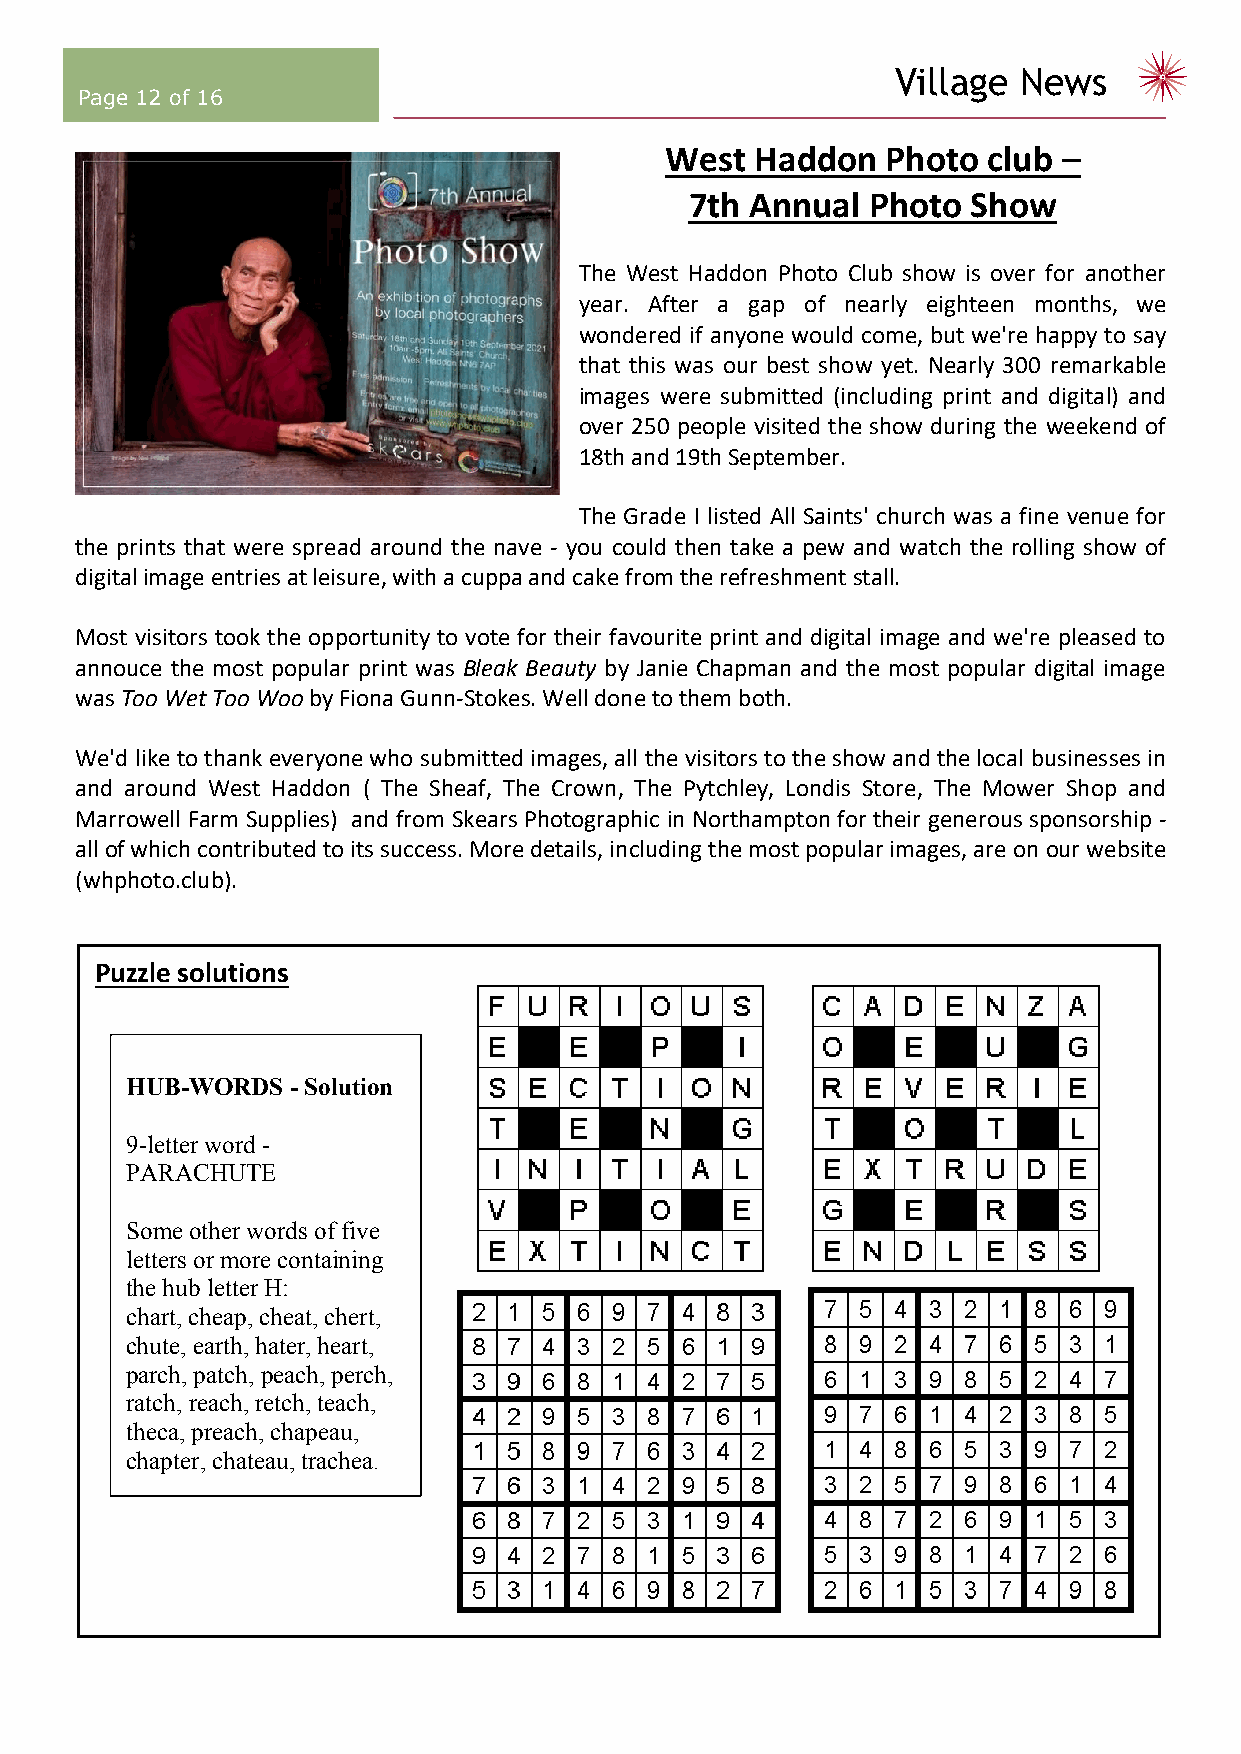
Village News
 Page 12 of 16
 West  Haddon   Photo club –
 7th Annual Photo  Show
 The West Haddon Photo Club show is over for another
 year. After a gap of nearly eighteen months, we
 wondered if anyone would come, but we're happy to say
 that this was our best show yet. Nearly 300 remarkable
 images were submitted (including print and digital) and
 over 250 people visited the show during the weekend of
 18th and 19th September.
 The Grade I listed All Saints' church was a fine venue for
 the prints that were spread around the nave - you could then take a pew and watch the rolling show of
 digital image entries at leisure, with a cuppa and cake from the refreshment stall.
 Most visitors took the opportunity to vote for their favourite print and digital image and we're pleased to
 annouce the most popular print was Bleak Beauty by Janie Chapman and the most popular digital image
 was Too Wet Too Woo by Fiona Gunn-Stokes. Well done to them both.
 We'd like to thank everyone who submitted images, all the visitors to the show and the local businesses in
 and around West Haddon ( The Sheaf, The Crown, The Pytchley, Londis Store, The Mower Shop and
 Marrowell Farm Supplies) and from Skears Photographic in Northampton for their generous sponsorship -
 all of which contributed to its success. More details, including the most popular images, are on our website
 (whphoto.club).
 Puzzle solutions
 HUB-WORDS  - Solution
 9-letter word -
 PARACHUTE
 Some other words of five
 letters or more containing
 the hub letter H:
 chart, cheap, cheat, chert,
 chute, earth, hater, heart,
 parch, patch, peach, perch,
 ratch, reach, retch, teach,
 theca, preach, chapeau,
 chapter, chateau, trachea.